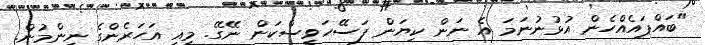
"ބައްޕައެއްހެން އުޅުނުނަމަ އެ ނަން ކިޔަން ފަސޭހަވީސްކަން ނޭގޭ. މިއީ އަހަރެންގެ ނިންމުން.